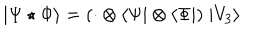
| \Psi \star \Phi \rangle = ( \cdot \otimes \langle \Psi | \otimes \langle \Phi | ) \; | V _ { 3 } \rangle